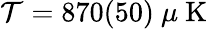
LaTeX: \mathcal{T}=870(50)~\mu\mathrm{{~K~}}